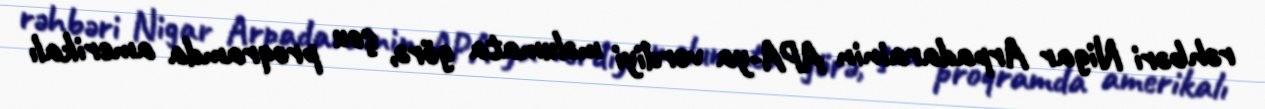
rəhbəri Nigar Arpadarainin APA-ya verdiyi məlumata görə, şou proqramda amerikalı